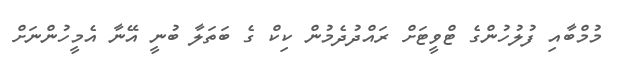
މުމްބާއި ފުލުހުންގެ ޓްވީޓަށް ރައްދުދެމުން ކިކް ގެ ބަތަލާ ބުނީ އޭނާ އެމީހުންނަށް